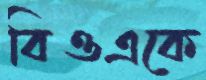
বিওএকে